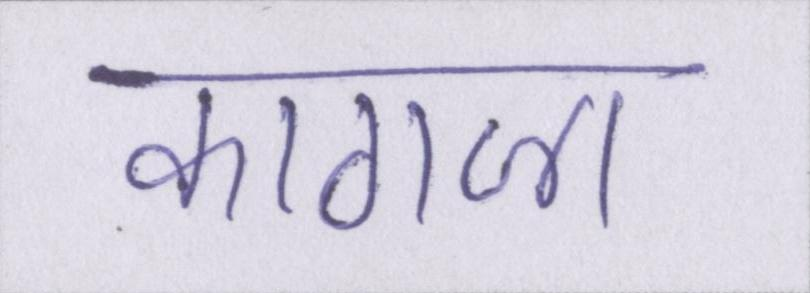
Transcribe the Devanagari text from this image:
कागजा